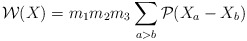
\begin{align*}{\cal W}(X)=m_{1}m_{2}m_{3}\sum_{a>b}{\cal P}(X_{a}-X_{b}) \end{align*}